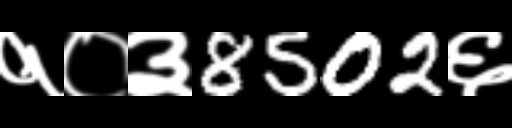
Text: १०३8502६